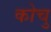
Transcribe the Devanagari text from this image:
कोचु